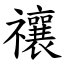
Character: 禳